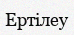
Ертілеу